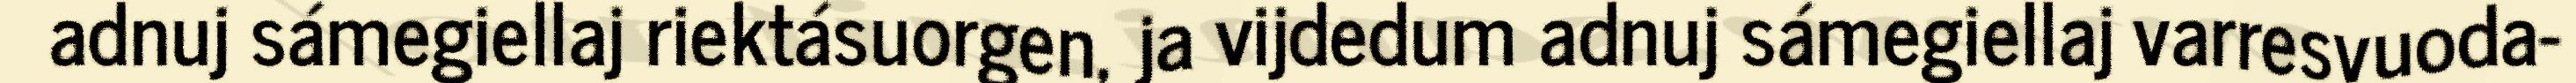
adnuj sámegiellaj riektásuorgen, ja vijdedum adnuj sámegiellaj varresvuoda-